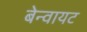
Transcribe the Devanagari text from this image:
बेन्वायट